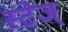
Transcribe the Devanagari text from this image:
स्टेज्